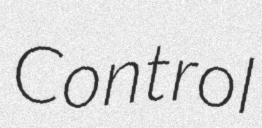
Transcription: Control